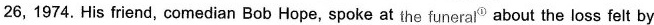
26, 1974.His friend, comedian Bob Hope, spoke at the funeral 0 about the loss felt by